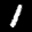
Label: 1